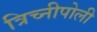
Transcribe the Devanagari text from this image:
त्रिच्नीपोली